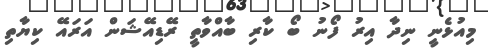
މިއުޅެނީ ނިދާ އިރު ފޯނު ބޯ ކާރި ބާއްވާތީ ރޭޑިއޭޝަން އަރައޭ ކިޔާތި